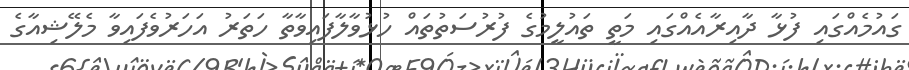
ގައުމެއްގައި ފުޅާ ދާއިރާއެއްގައި މަތީ ތައުލީމުގެ ފުރުސަތުތައް ހުޅުވާލާފައިވާތާ ހަތަރު އަހަރުވެފައިވާ މެލޭޝިއާގެ